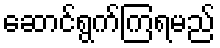
ဆောင်ရွက်ကြရမည်